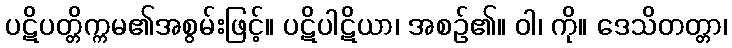
ပဋိပတ္တိက္ကမ၏အစွမ်းဖြင့်။ ပဋိပါဋိယာ၊ အစဉ်၏။ ဝါ၊ ကို။ ဒေသိတတ္တာ၊